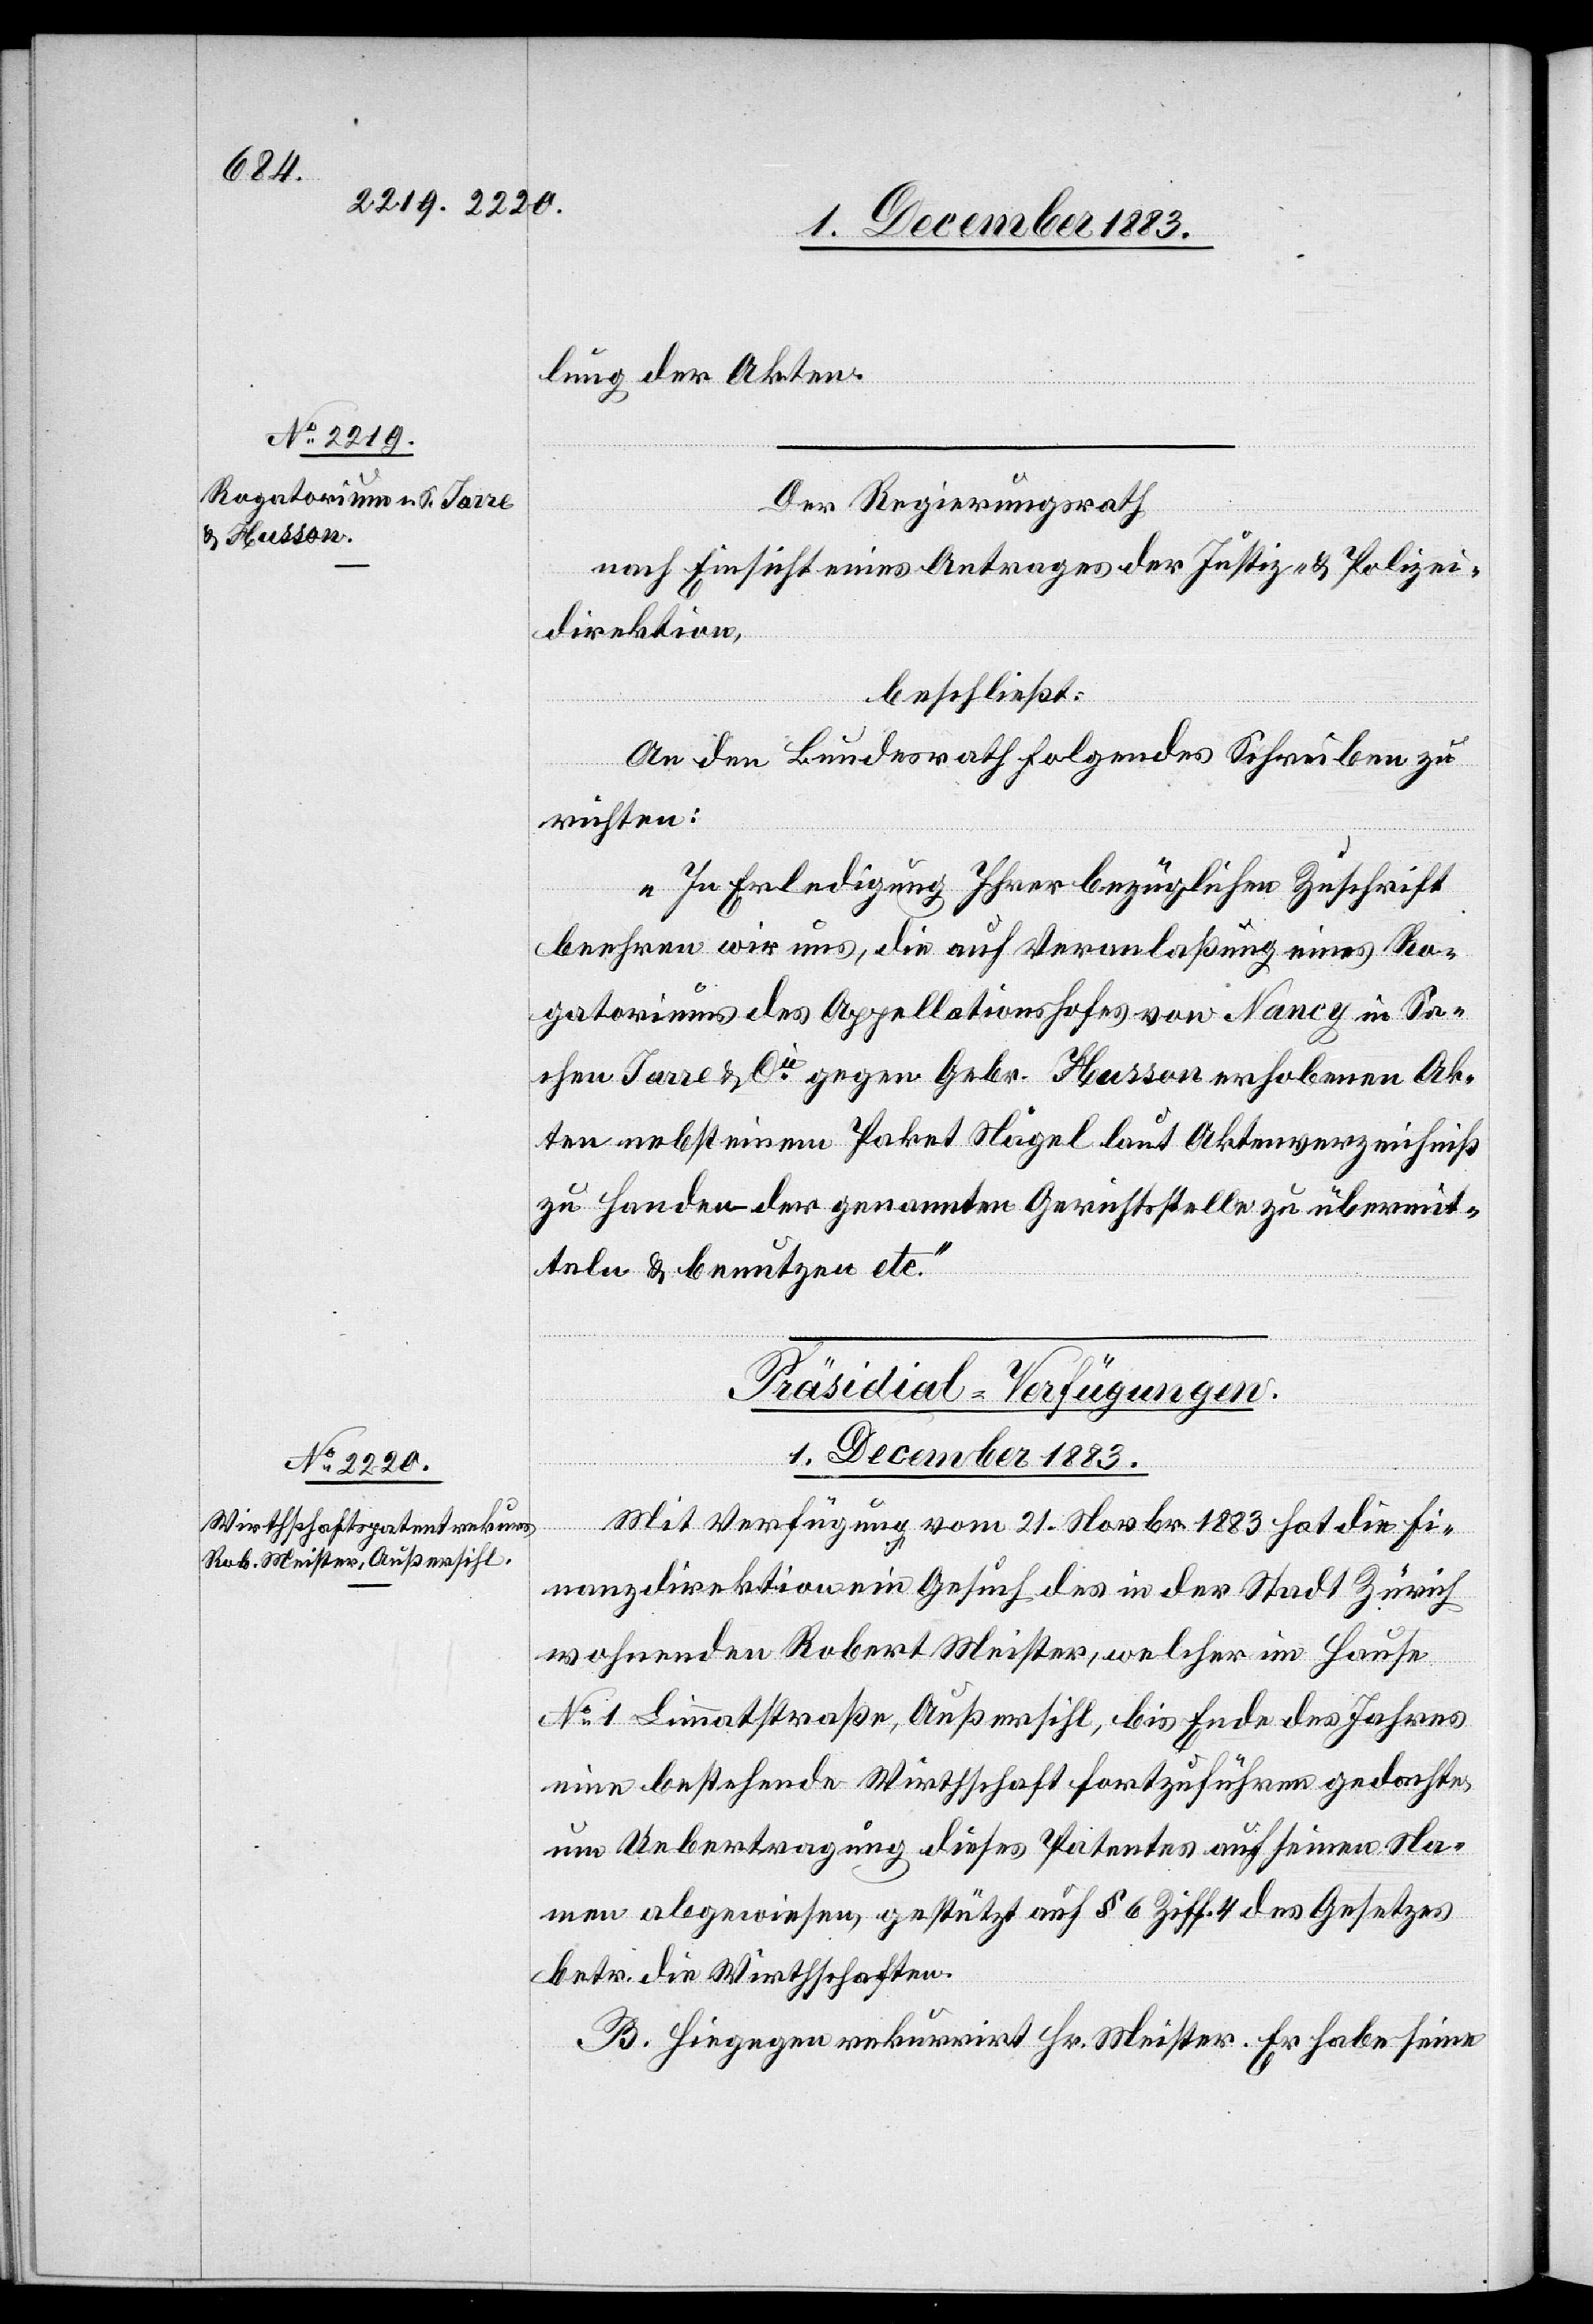
1. December 1883.
lung der Akten.
Der Regierungsrath
nach Einsicht eines Antrages der Justiz- & Polizei¬
direktion,
beschließt:
An den Bundesrath folgendes Schreiben zu
richten:
„In Erledigung Ihrer bezüglichen Zuschrift
beehren wir uns, die auf Veranlaßung eines Ro¬
gatoriums des Appellationshofes von Nancy in Sa¬
chen Jarre & Cie gegen Gebr. Husson erhobenen Ak¬
ten nebst einem Paket Nägel laut Aktenverzeichniß
zu Handen der genannten Gerichtsstelle zu übermit¬
teln & benutzen etc.“
Präsidial-Verfügungen.
Mit Verfügung vom 21. Novbr. 1883 hat die Fi¬
nanzdirektion ein Gesuch des in der Stadt Zürich
wohnenden Robert Meister, welcher im Hause
No 1 Limmatstraße, Außersihl, bis Ende des Jahres
eine bestehende Wirthschaft fortzuführen gedachte,
um Uebertragung dieses Patentes auf seinen Na¬
men abgewiesen, gestützt auf § 6 Ziff. 4 des Gesetzes
betr. die Wirthschaften.
B. Hiegegen rekurrirt Hr. Meister. Er habe seine